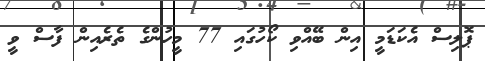
ޕޮލިސް އެކަޑަމީ އިން ބޭއްވި ކޯހުގައި 77 މީހުންގެ ތެރެއިން ފާސް ވީ